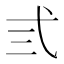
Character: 弎